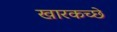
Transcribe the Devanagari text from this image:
खारकच्छे